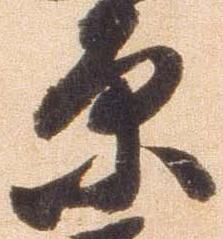
原